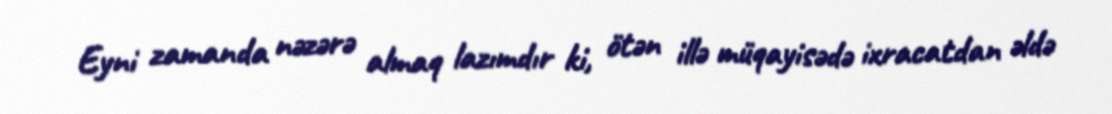
Eyni zamanda nəzərə almaq lazımdır ki, ötən illə müqayisədə ixracatdan əldə